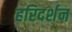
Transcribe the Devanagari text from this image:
हरिदर्शन